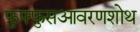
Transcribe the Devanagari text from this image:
फुफ्फुसआवरणशोथ